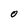
Character: O